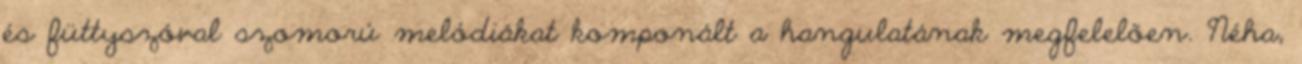
és füttyszóval szomorú melódiákat komponált a hangulatának megfelelően. Néha,